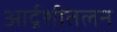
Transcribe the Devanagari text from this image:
आर्द्रशीतलन